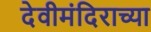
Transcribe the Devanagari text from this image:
देवीमंदिराच्या